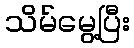
သိမ်မွေ့ပြီး